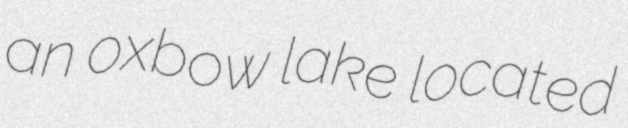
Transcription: an oxbow lake located